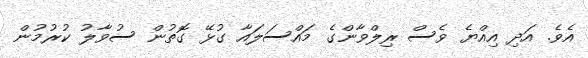
އެވެ. އަދި އިއްޔެ ވެސް ރިލްވާންގެ މައްސަލައާ ގުޅޭ ގޮތުން ސުވާލު ކުރުމުން